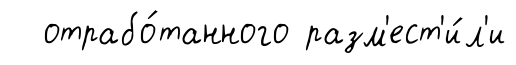
отрабо́танного разм'ест'и́л'и